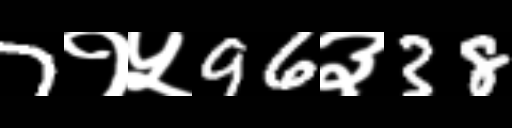
Text: 7१५96३38